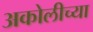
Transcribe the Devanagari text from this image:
अकोलीच्या